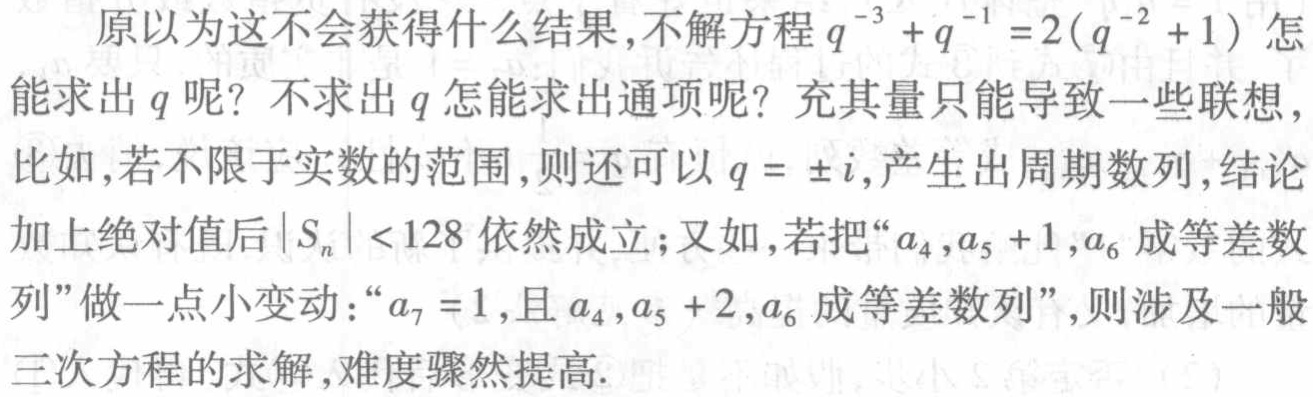
原以为这不会获得什么结果,不解方程\(q^{-3}+q^{-1}=2(q^{-2}+1)\)怎能求出\(q\)呢? 不求出\(q\)怎能求出通项呢? 充其量只能导致一些联想,比如,若不限于实数的范围,则还可以\(q = \pm i\),产生出周期数列,结论加上绝对值后\(\vert S_{n}\vert < 128\)依然成立;又如,若把“\(a_{4},a_{5}+1,a_{6}\)成等差数列”做一点小变动：“\(a_{7}=1\),且\(a_{4},a_{5}+2,a_{6}\)成等差数列”,则涉及一般三次方程的求解,难度骤然提高.